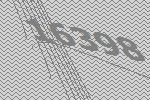
16398